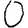
Digit: 0